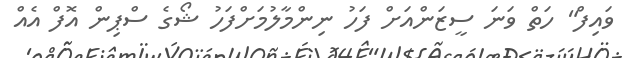
ވައިފް" ހަތް ވަނަ ސީޒަންއަށް ފަހު ނިންމާލުމަށްފަހު ޝޯގެ ސްޕިން އޮފް އެއް